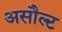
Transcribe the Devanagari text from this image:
असौल्ट